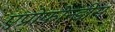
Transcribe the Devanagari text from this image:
एप्रोफ़ोन्डीस